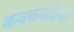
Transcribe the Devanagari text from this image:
कवकनाशियों